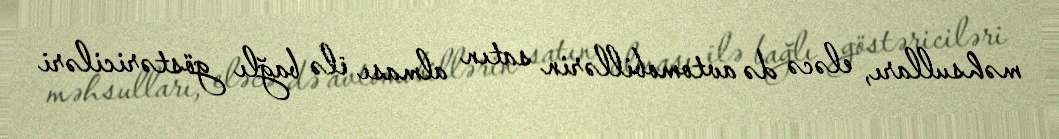
məhsulları, eləcə də avtomobillərin satın alması ilə bağlı göstəriciləri